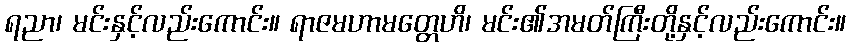
ရညာ၊ မင်းနှင့်လည်းကောင်း။ ရာဇမဟာမတ္တေဟိ၊ မင်း၏အမတ်ကြီးတို့နှင့်လည်းကောင်း။